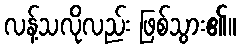
လန့်သလိုလည်း ဖြစ်သွား၏။